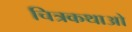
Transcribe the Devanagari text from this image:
चित्रकथाओ